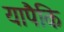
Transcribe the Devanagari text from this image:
यापैकि